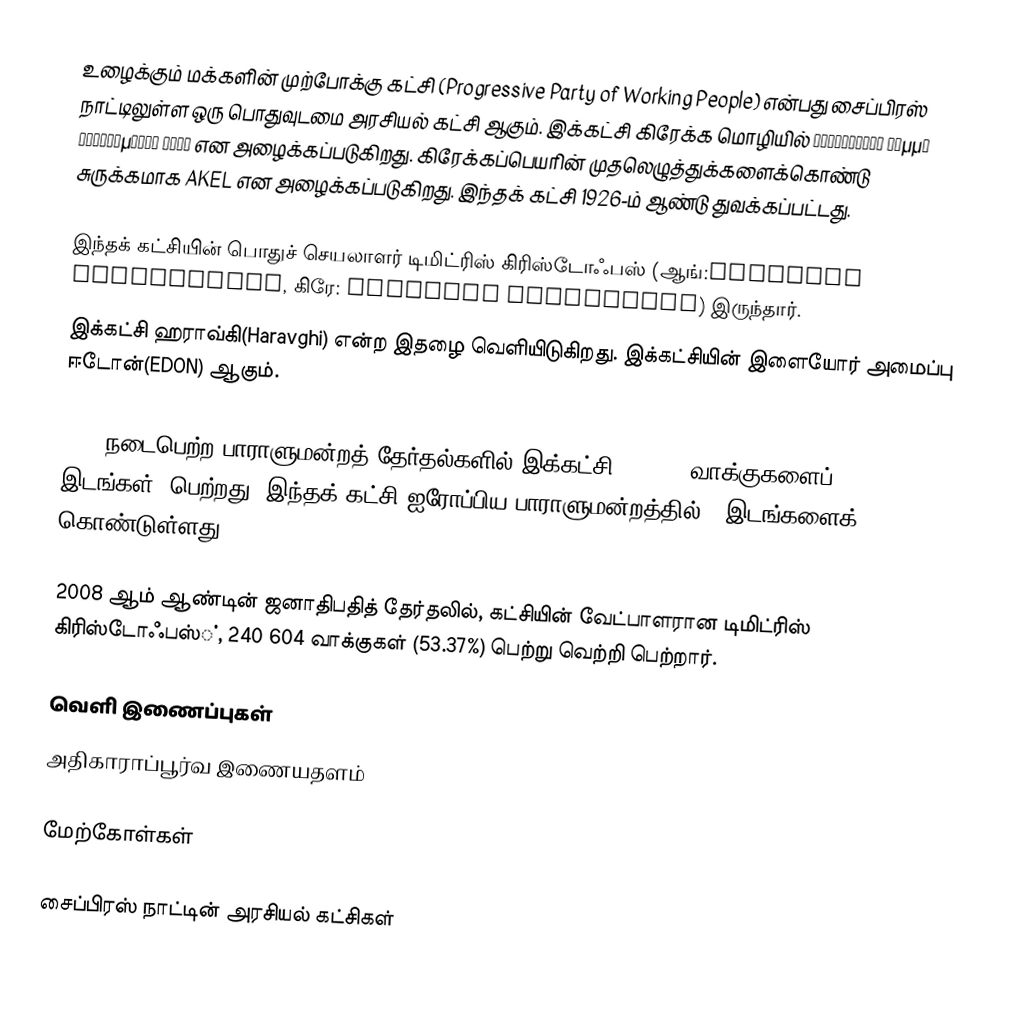
உழைக்கும் மக்களின் முற்போக்கு கட்சி (Progressive Party of Working People) என்பது சைப்பிரஸ் நாட்டிலுள்ள ஒரு பொதுவுடமை அரசியல் கட்சி ஆகும். இக்கட்சி கிரேக்க மொழியில் Ανορθωτικό Κόμμα Εργαζόμενου Λαού என அழைக்கப்படுகிறது. கிரேக்கப்பெயரின் முதலெழுத்துக்களைக்கொண்டு சுருக்கமாக AKEL என அழைக்கப்படுகிறது. இந்தக் கட்சி 1926-ம் ஆண்டு துவக்கப்பட்டது.

இந்தக் கட்சியின் பொதுச் செயலாளர் டிமிட்ரிஸ் கிரிஸ்டோஃபஸ் (ஆங்:Dimitris Christofias, கிரே: Δημήτρης Χριστόφιας) இருந்தார்.
இக்கட்சி ஹராவ்கி(Haravghi) என்ற இதழை வெளியிடுகிறது.  இக்கட்சியின் இளையோர் அமைப்பு ஈடோன்(EDON) ஆகும்.

2006 நடைபெற்ற பாராளுமன்றத் தேர்தல்களில் இக்கட்சி 131 066 வாக்குகளைப் (31.1%, 18 இடங்கள்) பெற்றது. இந்தக் கட்சி ஐரோப்பிய பாராளுமன்றத்தில் 2 இடங்களைக் கொண்டுள்ளது.

2008 ஆம் ஆண்டின் ஜனாதிபதித் தேர்தலில், கட்சியின் வேட்பாளரான டிமிட்ரிஸ் கிரிஸ்டோஃபஸ்், 240 604 வாக்குகள் (53.37%) பெற்று வெற்றி பெற்றார்.

வெளி இணைப்புகள்
 அதிகாராப்பூர்வ இணையதளம்

மேற்கோள்கள்

சைப்பிரஸ் நாட்டின் அரசியல் கட்சிகள்